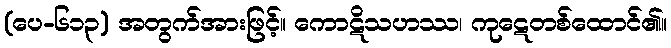
(ပေ-၆၁၃) အတွက်အားဖြင့်။ ကောဋိသဟဿ၊ ကုဋေတစ်ထောင်၏။